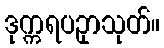
ဒုက္ကရပဥှာသုတ်။